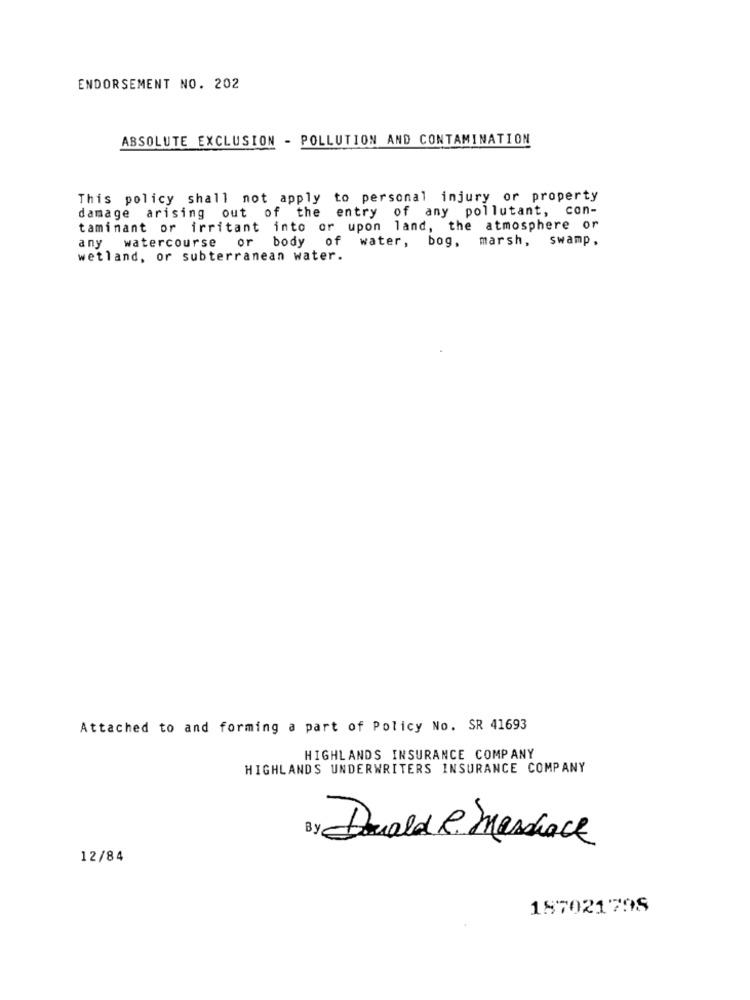
ENDORSEMENT NO. 202
ABSOLUTE EXCLUSION - POLLUTION AND CONTAMINATION
This policy shall not apply to personal injury or property
damage arising out of the entry of any pollutant, con-
taminant or irritant into or upon land, the atmosphere or
any watercourse or body of water, bog,
marsh, swamp,
wetland, or subterranean water.
Attached to and forming a part of Policy No. SR 41693
HIGHLANDS INSURANCE COMPANY
HIGHLANDS UNDERWRITERS INSURANCE COMPANY
Donald& Marchace
12/84
187021798